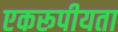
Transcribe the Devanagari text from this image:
एकरूपीयता